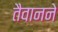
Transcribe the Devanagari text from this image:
तैवानने